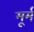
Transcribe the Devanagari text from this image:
मूर्म